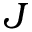
J